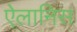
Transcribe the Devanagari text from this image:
ऐलानिस